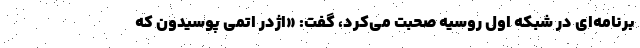
برنامه‌ای در شبکه اول روسیه صحبت می‌کرد، گفت: «اژدر اتمی پوسیدون که